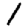
Digit: 1